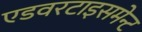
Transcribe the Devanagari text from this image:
एडवरटाइसमेन्ट